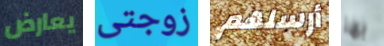
يعارض زوجتى أرسلهم بها